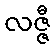
လဇ္ဇီ